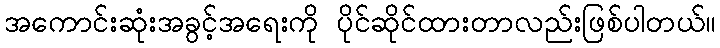
အကောင်းဆုံးအခွင့်အရေးကို ပိုင်ဆိုင်ထားတာလည်းဖြစ်ပါတယ်။